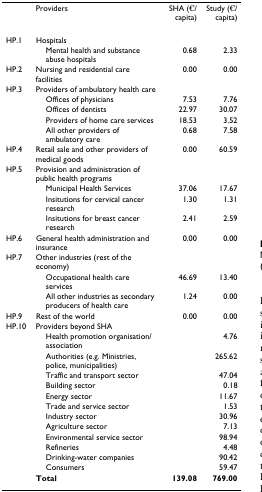
|  | Providers | SHA (€/capita) | Study (€/capita) |
 | --- | --- | --- | --- |
 | HP.1 | Hospitals |  |  |
 |  | Mental health and substance abuse hospitals | 0.68 | 2.33 |
 | HP.2 | Nursing and residential care facilities | 0.00 | 0.00 |
 | HP.3 | Providers of ambulatory health care |  |  |
 |  | Offices of physicians | 7.53 | 7.76 |
 |  | Offices of dentists | 22.97 | 30.07 |
 |  | Providers of home care services | 18.53 | 3.52 |
 |  | All other providers of ambulatory care | 0.68 | 7.58 |
 | HP.4 | Retail sale and other providers of medical goods | 0.00 | 60.59 |
 | HP.5 | Provision and administration of public health programs |  |  |
 |  | Municipal Health Services | 37.06 | 17.67 |
 |  | Insitutions for cervical cancer research | 1.30 | 1.31 |
 |  | Insitutions for breast cancer research | 2.41 | 2.59 |
 | HP.6 | General health administration and insurance | 0.00 | 0.00 |
 | HP.7 | Other industries (rest of the economy) |  |  |
 |  | Occupational health care services | 46.69 | 13.40 |
 |  | All other industries as secondary producers of health care | 1.24 | 0.00 |
 | HP.9 | Rest of the world | 0.00 | 0.00 |
 | HP.10 | Providers beyond SHA |  |  |
 |  | Health promotion organisation/association |  | 4.76 |
 |  | Authorities (e.g. Ministries, police, municipalities) |  | 265.62 |
 |  | Traffic and transport sector |  | 47.04 |
 |  | Building sector |  | 0.18 |
 |  | Energy sector |  | 11.67 |
 |  | Trade and service sector |  | 1.53 |
 |  | Industry sector |  | 30.96 |
 |  | Agriculture sector |  | 7.13 |
 |  | Environmental service sector |  | 98.94 |
 |  | Refineries |  | 4.48 |
 |  | Drinking-water companies |  | 90.42 |
 |  | Consumers |  | 59.47 |
 |  | Total | 139.08 | 769.00 |